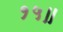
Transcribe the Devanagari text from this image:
१५॥